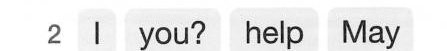
2 l you? help May